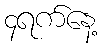
၄ရက်နေ့